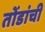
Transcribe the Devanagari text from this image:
तोंडांची